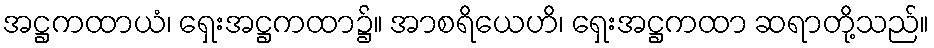
အဋ္ဌကထာယံ၊ ရှေးအဋ္ဌကထာ၌။ အာစရိယေဟိ၊ ရှေးအဋ္ဌကထာ ဆရာတို့သည်။